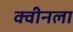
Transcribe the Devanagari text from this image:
क्वीनला